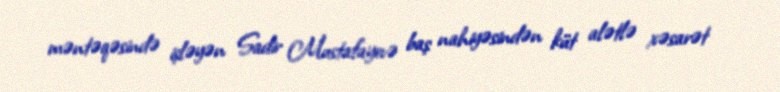
məntəqəsində işləyən Sadir Mustafayevə baş nahiyəsindən küt alətlə xəsarət